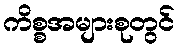
ကိစ္စအများစုတွင်